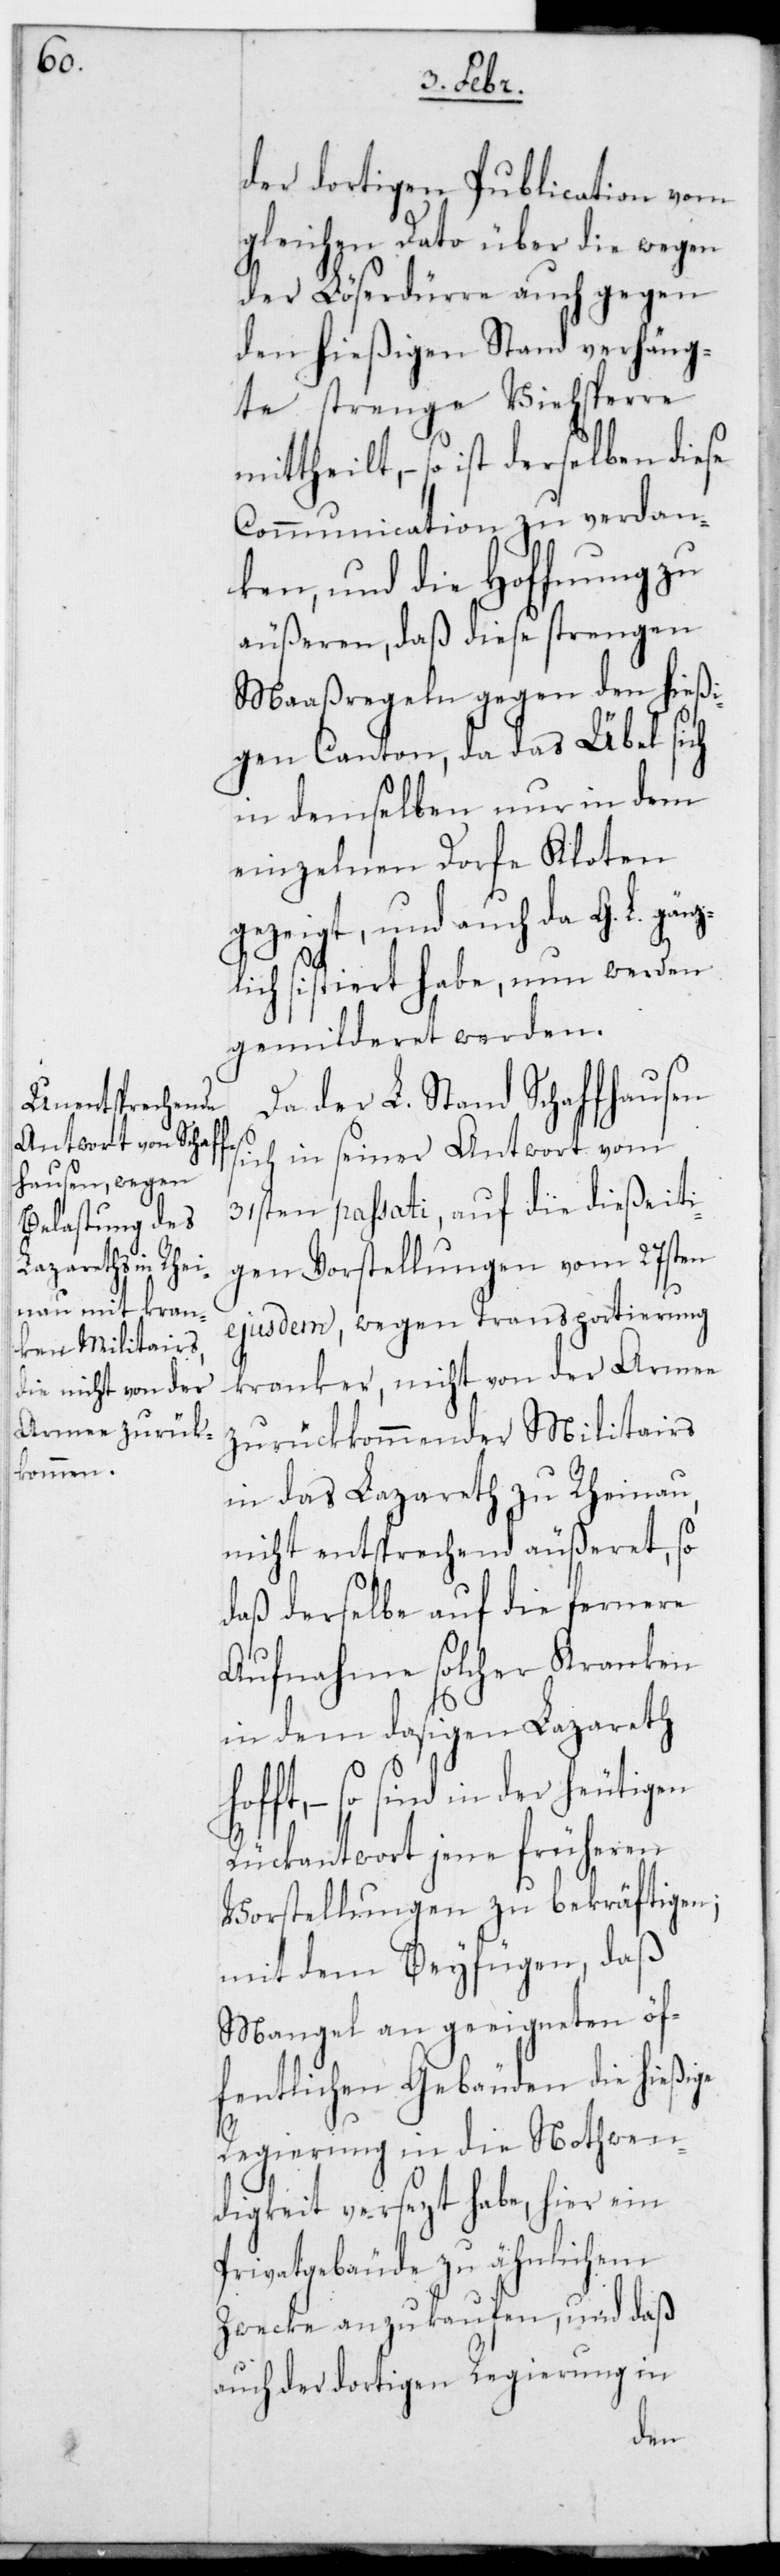
ho¬

der dortigen Publication vom
gleichen dato über die wegen
der Löserdürre auch gegen
den hießigen Stand verhäng¬
te strenge Viehsperre
ist derselben diese
Communication zu verdan¬
ken, und die Hoffnung zu
äußeren, daß diese strengen
Maaßregeln gegen den hießi¬
gen Canton, da das Übel sich
in demselben nur in dem
einzelnen Dorfe Kloten
gezeigt, und auch da G. L. gän¬
zlich sistiert habe, nun werden
gemilderet werden.
Da der L. Stand Schaffhausen
sich in seiner Antwort vom
31sten passati, auf die dießeiti¬
gen Vorstellungen vom 27sten
ejusdem, wegen Transportierung
kranker, nicht von der Armee
zurückkommender Militairs
in das Lazareth zu Rheinau
nicht entsprechend äußeret, so
daß derselbe auf die fernere
Aufnahme solcher Kranken
in dem dasigen Lazareth
fft, – so sind in der heutigen
Rückantwort jene früheren
Vorstellungen zu bekräftigen;
mit dem Beyfügen, daß
Mangel an geeigneten öf¬
fentlichen Gebäuden die hießige
Regierung in die Nothwen¬
digkeit versetzt habe, hier ein
Privatgebäude zu ähnlichem
Zwecke anzukaufen, und daß
auch der dortigen Regierung in